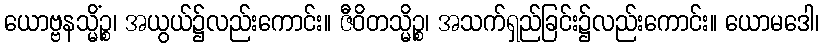
ယောဗ္ဗနသ္မိံဉ္စ၊ အယွယ်၌လည်းကောင်း။ ဇီဝိတသ္မိဉ္စ၊ အသက်ရှည်ခြင်း၌လည်းကောင်း။ ယောမဒေါ၊